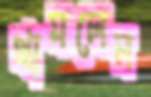
থামলেন